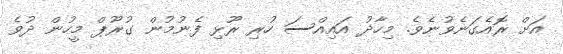
އަށް ރޮއެގަނެވުނެވެ. މިހާދު އައިއްސަ ހުރި ރޫޅި ފެނުމުން ގުރޫޕް މީހުން ދުވެ